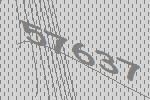
57637